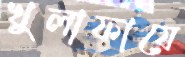
খুলাফায়ে